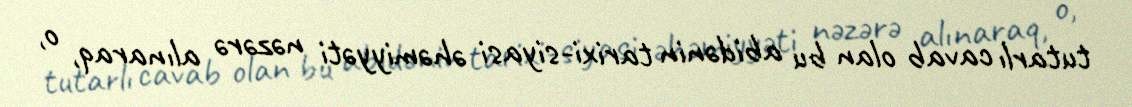
tutarlı cavab olan bu abidənin tarixi-siyasi əhəmiyyəti nəzərə alınaraq, o,